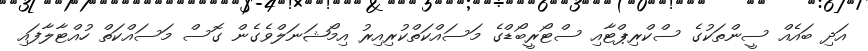
އަދި ބައެއް ސީންތަކުގެ ސްކްރިޕްޓާއި ސްޓޯރީބޯޑްގެ މަސައްކަތްކުރިއިރު އިމޯޝަނަލްވެގެން ގޮސް މަސައްކަތް ހުއްޓާލާފައި